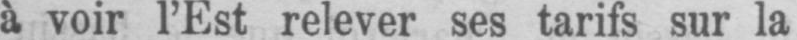
à voir l’Est relever ses tarifs sur la